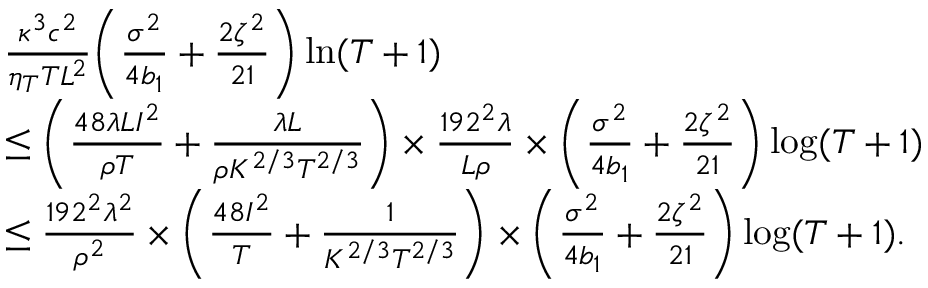
\begin{array} { r l } & { \frac { \kappa ^ { 3 } c ^ { 2 } } { \eta _ { T } T L ^ { 2 } } \bigg ( \frac { \sigma ^ { 2 } } { 4 b _ { 1 } } + \frac { 2 \zeta ^ { 2 } } { 2 1 } \bigg ) \ln ( T + 1 ) } \\ & { \leq \bigg ( \frac { 4 8 \lambda L I ^ { 2 } } { \rho T } + \frac { \lambda L } { \rho K ^ { 2 / 3 } T ^ { 2 / 3 } } \bigg ) \times \frac { 1 9 2 ^ { 2 } \lambda } { L \rho } \times \bigg ( \frac { \sigma ^ { 2 } } { 4 b _ { 1 } } + \frac { 2 \zeta ^ { 2 } } { 2 1 } \bigg ) \log ( T + 1 ) } \\ & { \leq \frac { 1 9 2 ^ { 2 } \lambda ^ { 2 } } { \rho ^ { 2 } } \times \bigg ( \frac { 4 8 I ^ { 2 } } { T } + \frac { 1 } { K ^ { 2 / 3 } T ^ { 2 / 3 } } \bigg ) \times \bigg ( \frac { \sigma ^ { 2 } } { 4 b _ { 1 } } + \frac { 2 \zeta ^ { 2 } } { 2 1 } \bigg ) \log ( T + 1 ) . } \end{array}